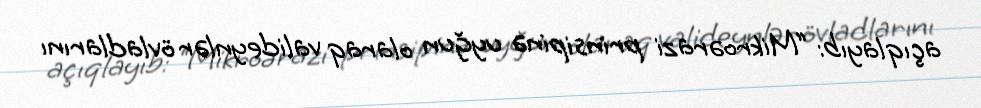
açıqlayıb: “Mikroərazi prinsipinə uyğun olaraq valideynlər övladlarını